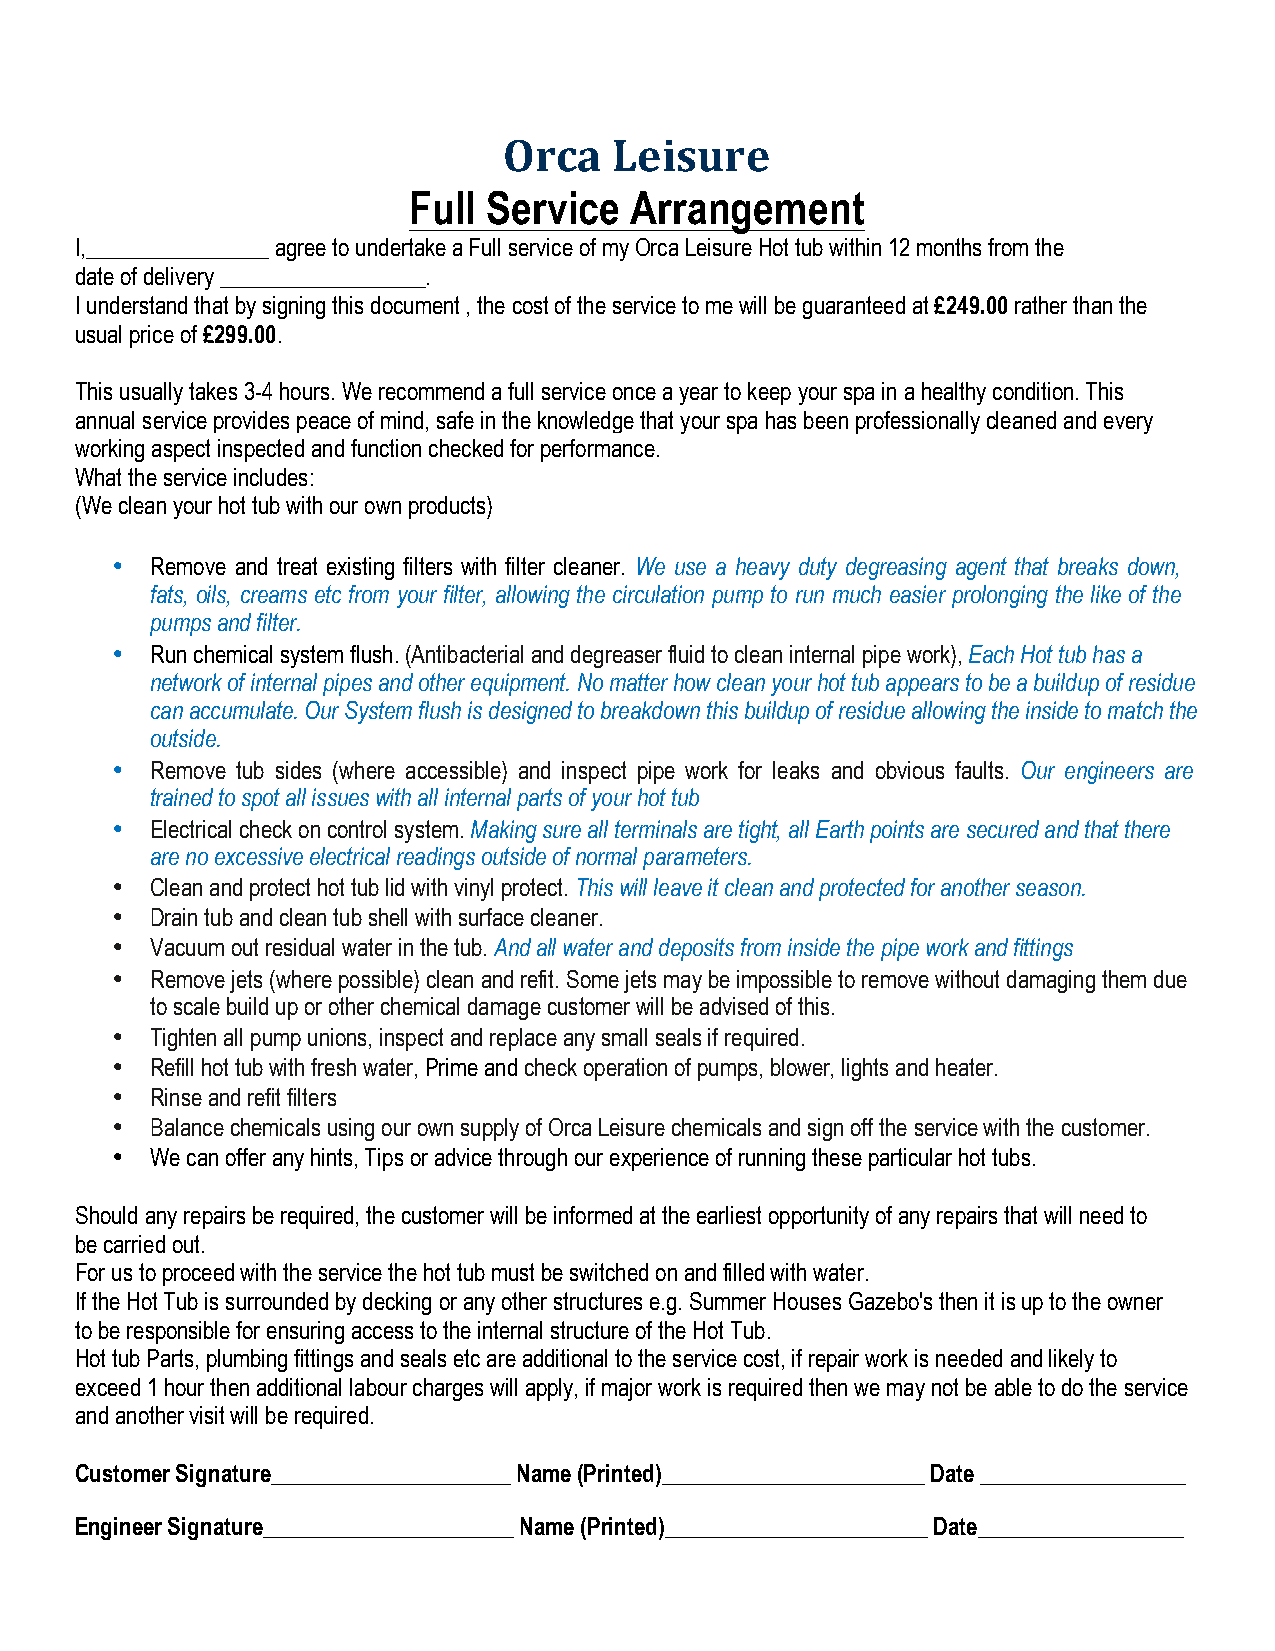
Orca    Leisure
 Full Service   Arrangement
 I,________________ agree to undertake a Full service of my Orca Leisure Hot tub within 12 months from the
 d ate of delivery __________________.
 I understand that by signing this document , the cost of the service to me will be guaranteed at £249.00 rather than the
 usual price of £299.00.
 This usually takes 3-4 hours. We recommend a full service once a year to keep your spa in a healthy condition. This
 annual service provides peace of mind, safe in the knowledge that your spa has been professionally cleaned and every
 w orking aspect inspected and function checked for performance.
 What the service includes:
 (We clean your hot tub with our own products)
 •  Remove and treat existing filters with filter cleaner. We use a heavy duty degreasing agent that breaks down,
 fats, oils, creams etc from your filter, allowing the circulation pump to run much easier prolonging the like of the
 pumps and filter.
 •  Run chemical system flush. (Antibacterial and degreaser fluid to clean internal pipe work), Each Hot tub has a
 network of internal pipes and other equipment. No matter how clean your hot tub appears to be a buildup of residue
 can accumulate. Our System flush is designed to breakdown this buildup of residue allowing the inside to match the
 outside.
 •  Remove tub sides (where accessible) and inspect pipe work for leaks and obvious faults. Our engineers are
 trained to spot all issues with all internal parts of your hot tub
 •  Electrical check on control system. Making sure all terminals are tight, all Earth points are secured and that there
 are no excessive electrical readings outside of normal parameters.
 •  Clean and protect hot tub lid with vinyl protect. This will leave it clean and protected for another season.
 •  Drain tub and clean tub shell with surface cleaner.
 •  Vacuum out residual water in the tub. And all water and deposits from inside the pipe work and fittings
 •  Remove jets (where possible) clean and refit. Some jets may be impossible to remove without damaging them due
 to scale build up or other chemical damage customer will be advised of this.
 •  Tighten all pump unions, inspect and replace any small seals if required.
 •  Refill hot tub with fresh water, Prime and check operation of pumps, blower, lights and heater.
 •  Rinse and refit filters
 •  Balance chemicals using our own supply of Orca Leisure chemicals and sign off the service with the customer.
 •  We can offer any hints, Tips or advice through our experience of running these particular hot tubs.
 Should any repairs be required, the customer will be informed at the earliest opportunity of any repairs that will need to
 b e carried out.
 F or us to proceed with the service the hot tub must be switched on and filled with water.
 If the Hot Tub is surrounded by decking or any other structures e.g. Summer Houses Gazebo's then it is up to the owner
 t o be responsible for ensuring access to the internal structure of the Hot Tub.
 Hot tub Parts, plumbing fittings and seals etc are additional to the service cost, if repair work is needed and likely to
 exceed 1 hour then additional labour charges will apply, if major work is required then we may not be able to do the service
 and another visit will be required.
 Customer Signature_____________________ Name (Printed)_______________________ Date __________________
 Engineer Signature______________________ Name (Printed)_______________________ Date__________________